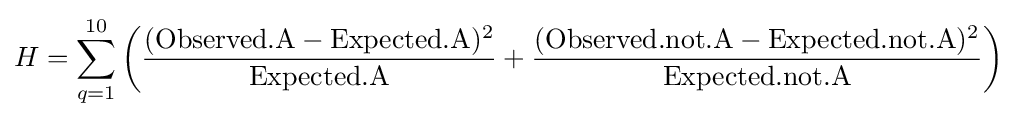
H=\sum _{q=1}^{10}\left({\frac {({\text{Observed.A}}-{\text{Expected.A}})^{2}}{\text{Expected.A}}}+{\frac {({\text{Observed.not.A}}-{\text{Expected.not.A}})^{2}}{\text{Expected.not.A}}}\right)